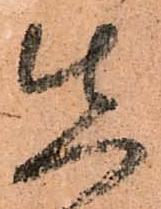
先